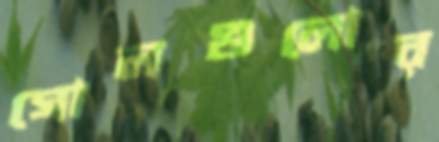
গোলগুলোর